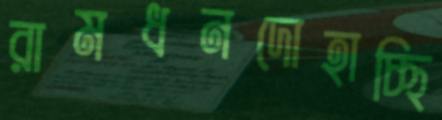
রামধনদোহাচ্ছি